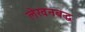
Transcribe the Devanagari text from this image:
लेखनबद्ध